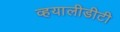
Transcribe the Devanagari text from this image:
व्हयालीडीटी